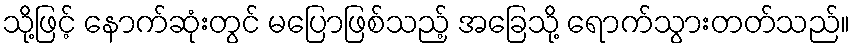
သို့ဖြင့် နောက်ဆုံးတွင် မပြောဖြစ်သည့် အခြေသို့ ရောက်သွားတတ်သည်။